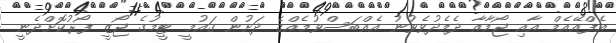
އެފްއޭއެމް އާއި ޖޯމާއާ ދެމެދުވެވުނު އެއްބަސްވުމެއްގެ ދަށުން ގައުމީ ޓީމުގެ ޖޯޒީ ފޯރުކޮށްދެނީ